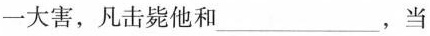
一大害，凡击毙他和___，当